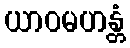
ယာဝမဟန္တံ